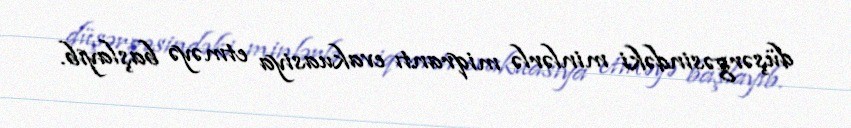
düşərgəsindəki minlərlə miqrantı evakuasiya etməyə başlayıb.